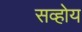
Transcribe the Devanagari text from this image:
सव्होय